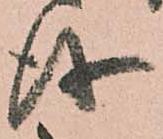
儀